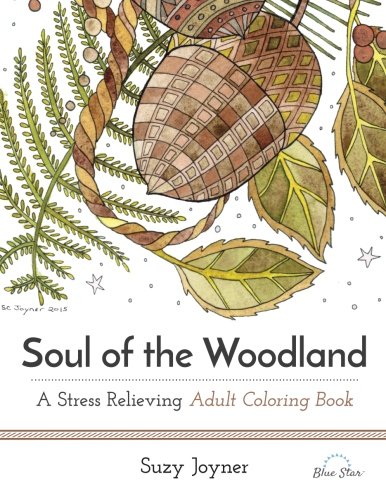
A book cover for Soul of the Woodland: A Stress Relieving Adult Coloring Book; Blue Star Coloring; Arts & Photography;